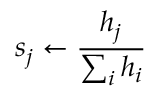
s _ { j } \gets \frac { h _ { j } } { \sum _ { i } h _ { i } }